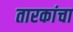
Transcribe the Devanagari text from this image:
तारकांचा